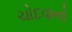
ચોદવાનો